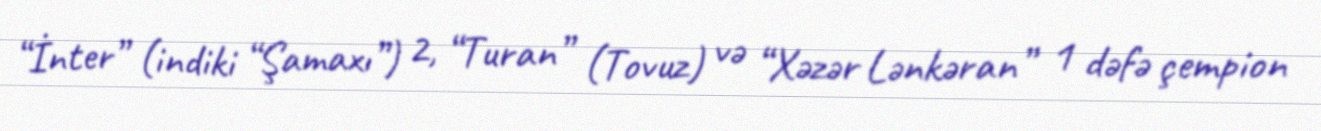
“İnter” (indiki “Şamaxı”) 2, “Turan” (Tovuz) və “Xəzər Lənkəran” 1 dəfə çempion